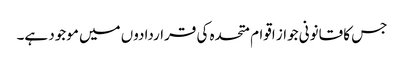
جس کا قانونی جواز اقوام متحدہ کی قراردادوں میں موجود ہے۔